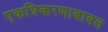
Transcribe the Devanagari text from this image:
एकत्रिकरणाबाबत